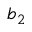
b _ { 2 }